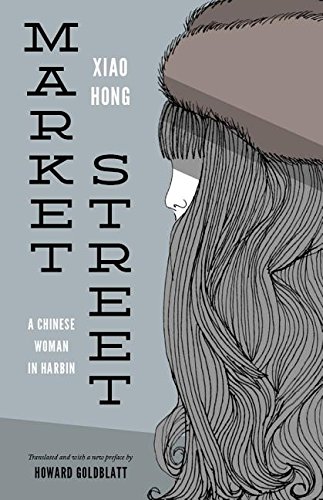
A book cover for Market Street: A Chinese Woman in Harbin (Studies on Ethnic Groups in China); Hong Xiao; Biographies & Memoirs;